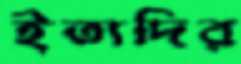
ইত্যদির